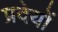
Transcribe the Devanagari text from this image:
प्रदेयों